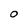
Character: 0